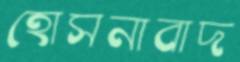
হোসনাবাদ